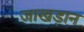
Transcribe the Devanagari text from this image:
जाखड़ान